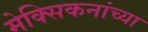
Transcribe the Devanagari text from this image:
मेक्सिकनांच्या